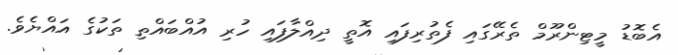
އެބޮޑު މީޓިންރޫމް ތެރޭގައި ފެތުރިފައި އޮތީ ދިއްލާފައި ހުރި އުއްބައްތި ތަކުގެ އައްޔެވެ.